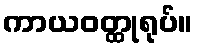
ကာယဝတ္ထုရုပ်။